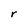
Character: r